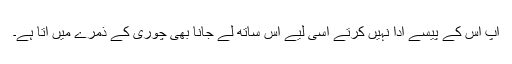
آپ اس کے پیسے ادا نہیں کرتے اسی لیے اس ساتھ لے جانا بھی چوری کے ذمرے میں آتا ہے۔